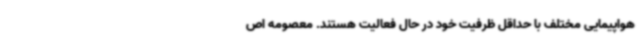
هواپیمایی مختلف با حداقل ظرفیت خود در حال فعالیت هستند. معصومه اص